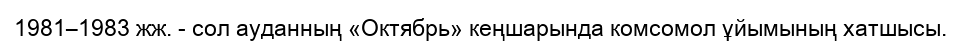
1981–1983 жж. - сол ауданның «Октябрь» кеңшарында комсомол ұйымының хатшысы.